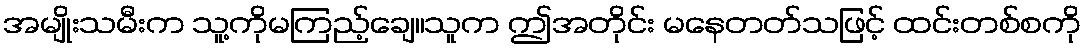
အမျိုးသမီးက သူ့ကိုမကြည့်ချေ။သူက ဤအတိုင်း မနေတတ်သဖြင့် ထင်းတစ်စကို